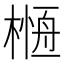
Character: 𣘰